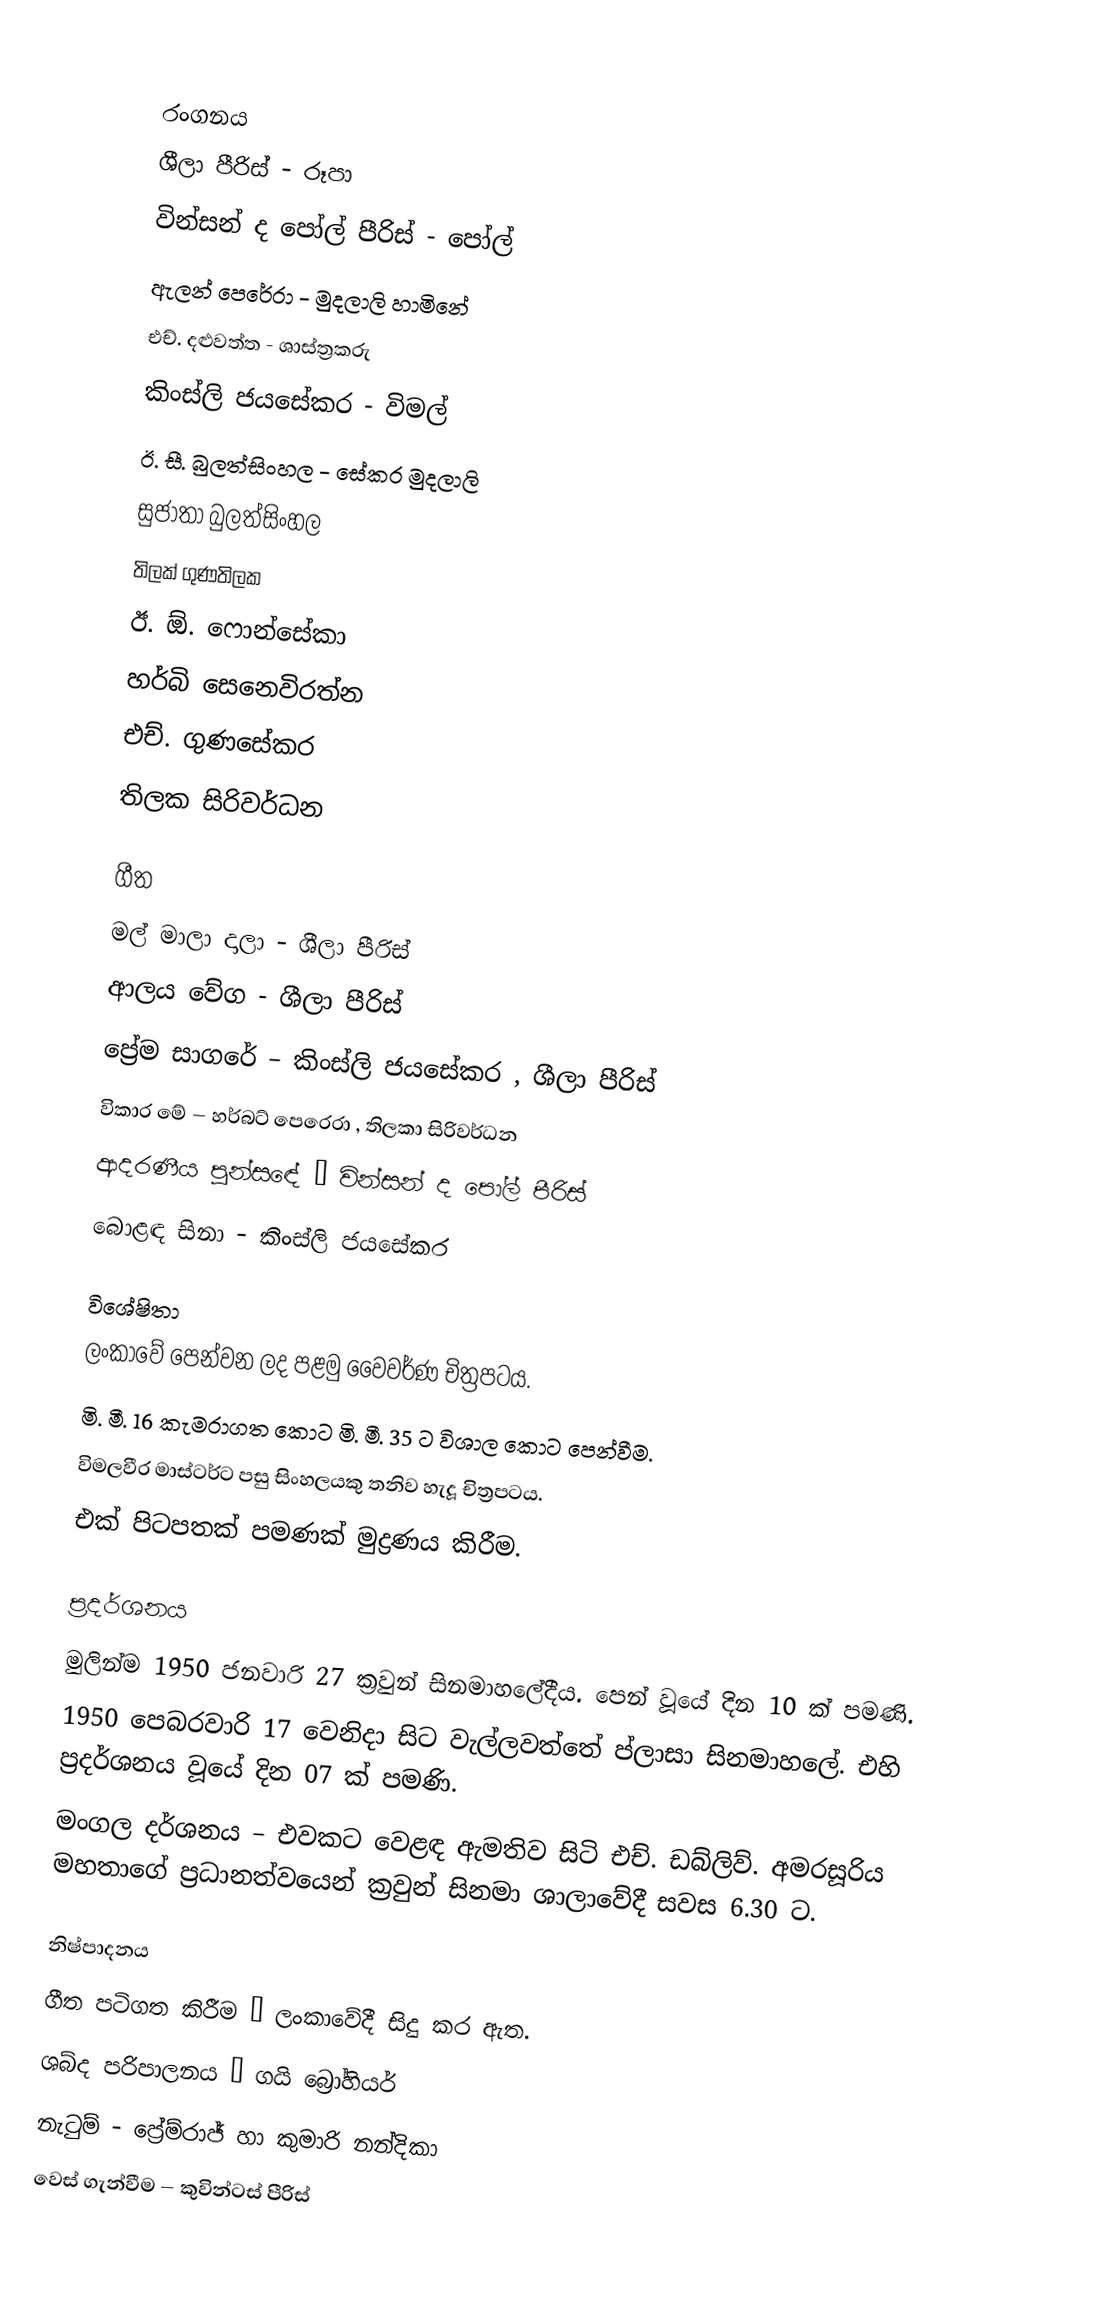

රංගනය
ශීලා පීරිස් - රූපා
වින්සන් ද පෝල් පීරිස් - පෝල්
ඇලන් පෙරේරා - මුදලාලි හාමිනේ
එච්. දළුවත්ත - ශාස්ත්‍රකරු
කිංස්ලි ජයසේකර - විමල්
ඊ. සී. බුලත්සිංහල - සේකර මුදලාලි
සුජාතා බුලත්සිංහල
තිලක් ගුණතිලක
ඊ. ඕ. ෆොන්සේකා
හර්බි සෙනෙවිරත්න
එච්. ගුණසේකර
තිලක සිරිවර්ධන

ගීත
මල් මාලා දාලා - ශීලා පීරිස්
ආලය වේග - ශීලා පීරිස්
ප්‍රේම සාගරේ – කිංස්ලි ජයසේකර , ශීලා පීරිස්
විකාර මේ – හර්බට් පෙරෙරා , තිලකා සිරිවර්ධන
ආදරණීය පුන්සඳේ – වින්සන් ද පෝල් පීරිස්
බොළඳ සිනා - කිංස්ලි ජයසේකර

විශේෂිතා
ලංකාවේ පෙන්වන ලද පළමු වෛවර්ණ චිත්‍රපටය.
මි. මී. 16 කැමරාගත කොට මි. මී. 35 ට විශාල කොට පෙන්වීම.
විමලවීර මාස්ටර්ට පසු සිංහලයකු තනිව හැදූ චිත්‍රපටය.
එක් පිටපතක් පමණක් මුද්‍රණය කිරීම.

ප්‍රදර්ශනය
මුලින්ම 1950 ජනවාරි 27 ක්‍රවුන් සිනමාහලේදීය. පෙන් වූයේ දින 10 ක් පමණි.
1950 පෙබරවාරි 17 වෙනිදා සිට වැල්ලවත්තේ ප්ලාසා සිනමාහලේ. එහි ප්‍රදර්ශනය වූයේ දින 07 ක් පමණි.
මංගල දර්ශනය – එවකට වෙළඳ ඇමතිව සිටි එච්. ඩබ්ලිව්. අමරසූරිය මහතාගේ ප්‍රධානත්වයෙන් ක්‍රවුන් සිනමා ශාලාවේදී සවස 6.30 ට.

නිෂ්පාදනය
ගීත පටිගත කිරීම – ලංකාවේදී සිදු කර ඇත.
ශබ්ද පරිපාලනය – ගයි බ්‍රෝහියර්
නැටුම් - ප්‍රේම්රාජ් හා කුමාරි නන්දිකා
වෙස් ගැන්වීම – කුවින්ටස් පීරිස්